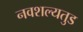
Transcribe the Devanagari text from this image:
नवशल्यतुड